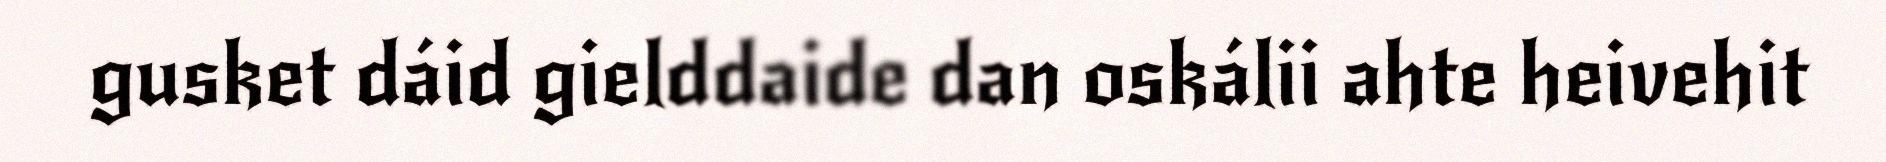
gusket dáid gielddaide dan oskálii ahte heivehit